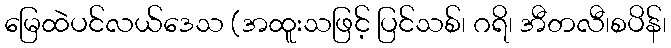
မြေထဲပင်လယ်ဒေသ (အထူးသဖြင့် ပြင်သစ်၊ ဂရိ၊ အီတလီ၊စပိန်၊